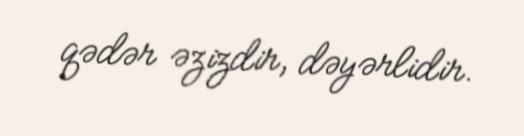
qədər əzizdir, dəyərlidir.